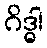
ဂိဒ္ဓါ